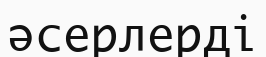
әсерлерді